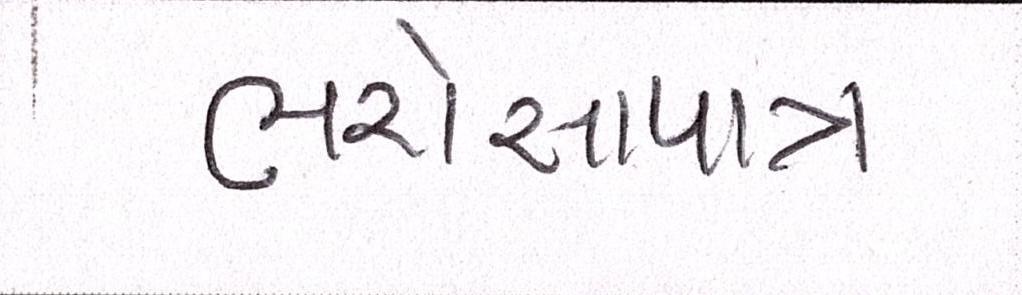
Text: ભરોસાપાત્ર